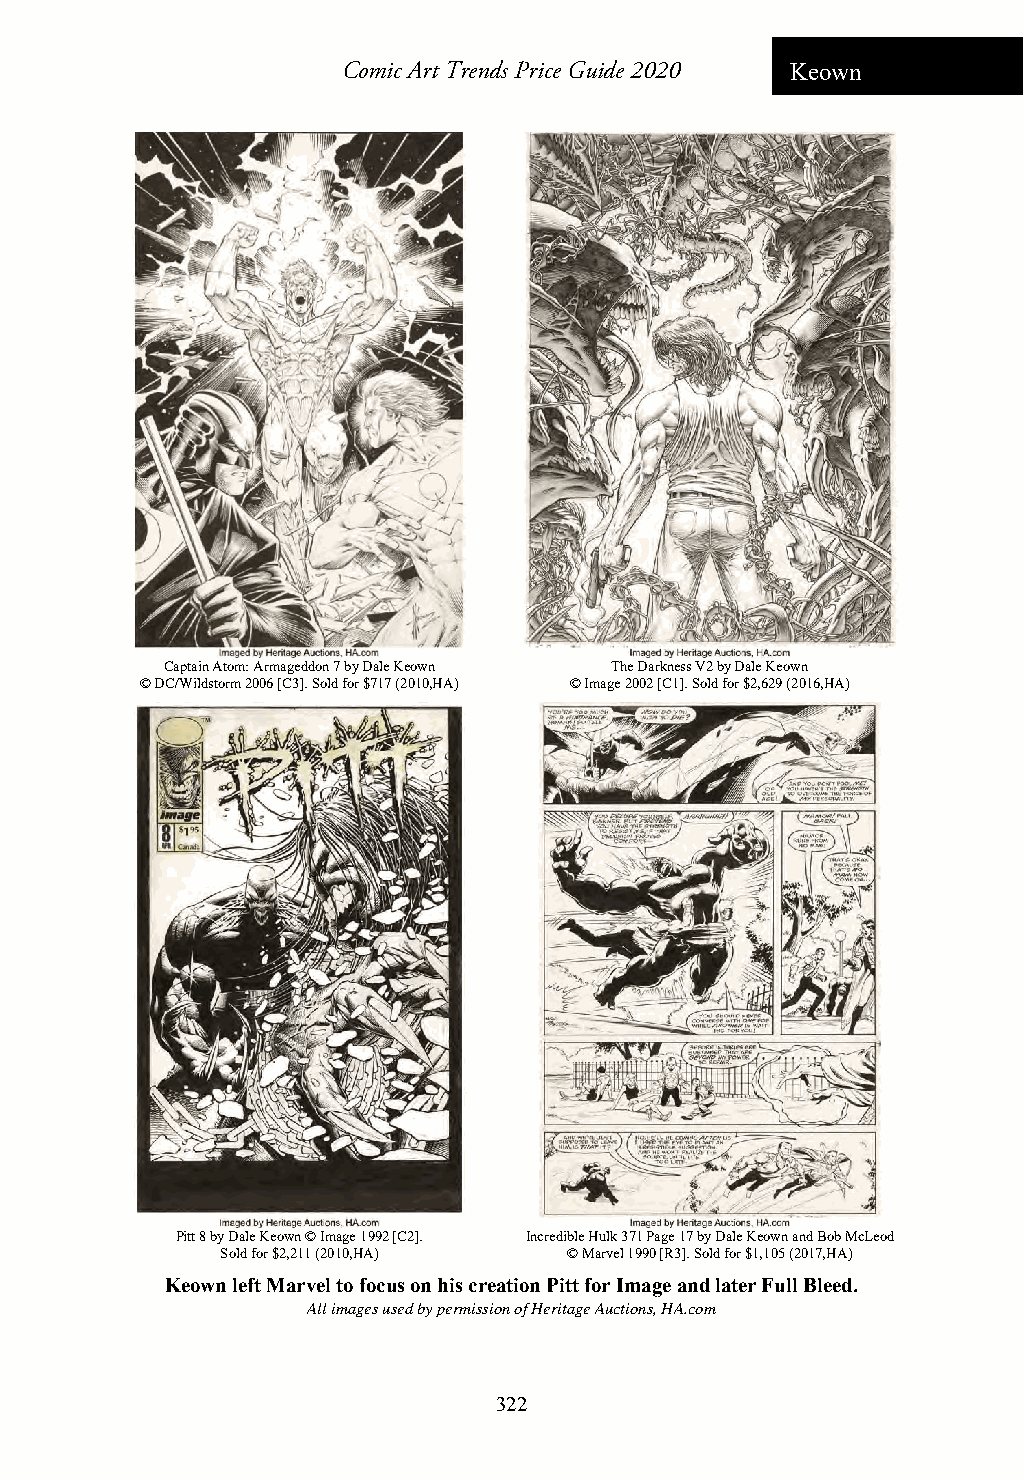
Comic Art Trends Price Guide 2020 Keown
 Captain Atom: Armageddon 7 by Dale Keown The Darkness V2 by Dale Keown
 © DC/Wildstorm 2006 [C3]. Sold for $717 (2010,HA) © Image 2002 [C1]. Sold for $2,629 (2016,HA)
 Pitt 8 by Dale Keown © Image 1992 [C2]. Incredible Hulk 371 Page 17 by Dale Keown and Bob McLeod
 Sold for $2,211 (2010,HA) © Marvel 1990 [R3]. Sold for $1,105 (2017,HA)
 Keown left Marvel to focus on his creation Pitt for Image and later Full Bleed.
 All images used by permission of Heritage Auctions, HA.com
 322